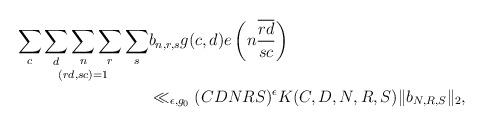
LaTeX: \begin{align*}\mathop{\sum_c \sum_d \sum_n \sum_r \sum_s}_{(rd,sc)=1} &b_{n,r,s} g(c,d) e \left(n \frac{\overline{rd}}{sc}\right) \\ &\ll_{\epsilon,g_0} (CDNRS)^{\epsilon} K(C,D,N,R,S)\| b_{N,R,S}\|_2,\end{align*}